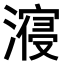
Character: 𣽧